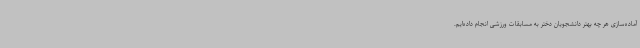
آماده‌سازی هر چه بهتر دانشجویان دختر به مسابقات ورزشی انجام داده‌ایم.